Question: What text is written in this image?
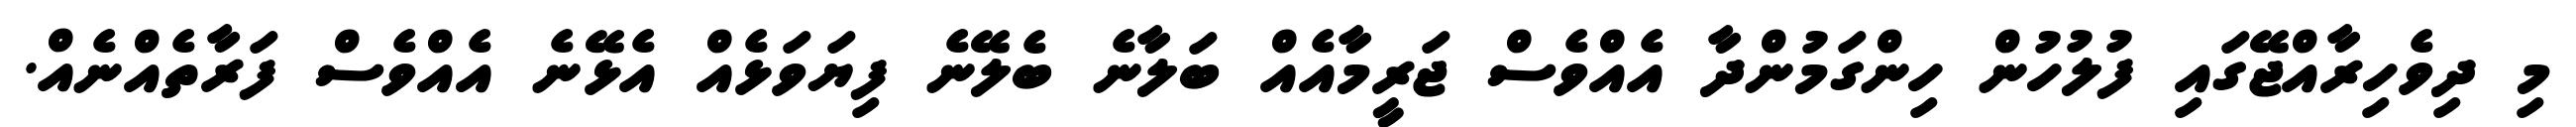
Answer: މި ދިވެހިރާއްޖޭގައި ފުލުހުން ހިންގަމުންދާ އެއްވެސް ޖަރީމާއެއް ބަލާނެ ބެލޭނެ ފިޔަވަޅެއް އެޅޭނެ އެއްވެސް ފަރާތެއްނެއް.